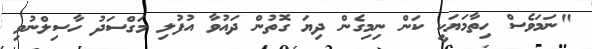
"ނަމަވެސް ހިތާމަޔަކީ ކަން ނިމިގެން ދިޔަ ގޮތުން ދައުވާ އުފުލި މަގްސަދު ހާސިލްނުވި